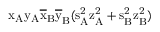
\mathrm { x _ { A } \mathrm { y _ { A } \mathrm { \overline { { x } } _ { B } \mathrm { \overline { { y } } _ { B } ( \mathrm { s _ { A } ^ { 2 } \mathrm { z _ { A } ^ { 2 } + \mathrm { s _ { B } ^ { 2 } \mathrm { z _ { B } ^ { 2 } ) } } } } } } } }